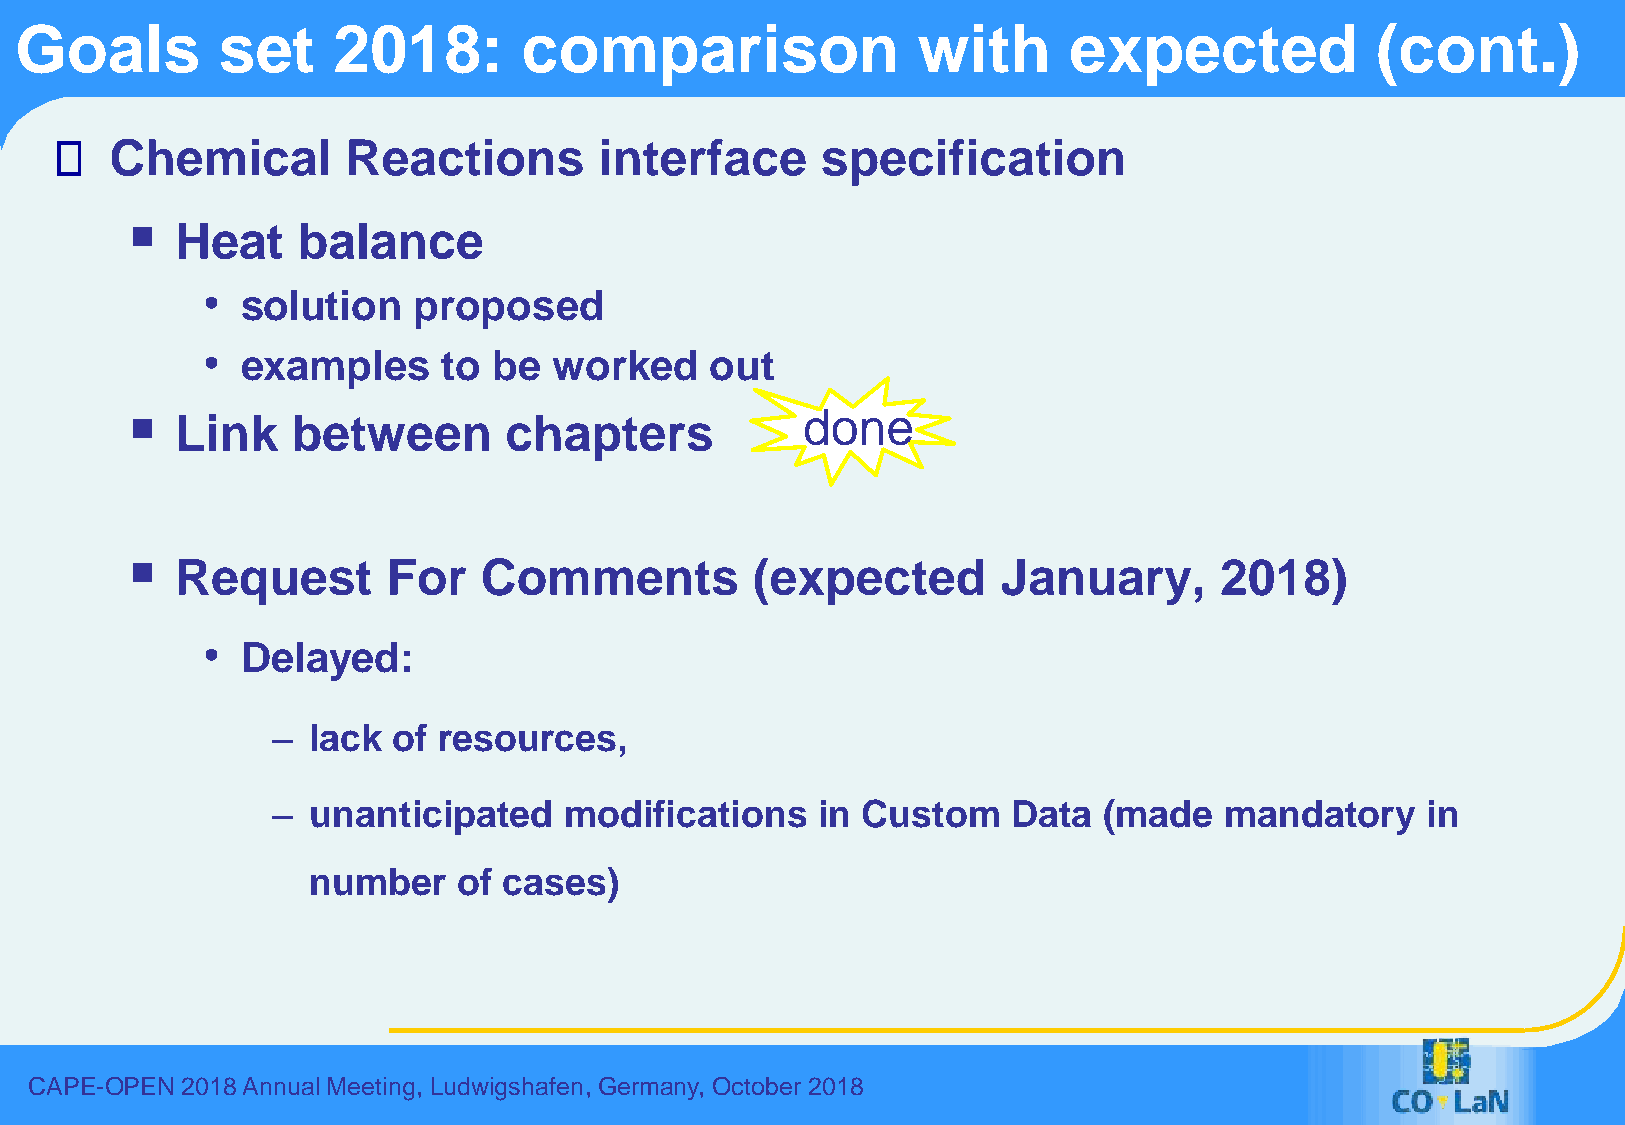
Goals        set     2018:        comparison                with      expected            (cont.)
 Chemical        Reactions        interface     specification
 ▪
 Heat    balance
 •  solution   proposed
 •  examples     to  be  worked    out
 ▪   Link   between       chapters            done
 ▪
 Request       For   Comments          (expected       January,       2018)
 •  Delayed:
 – lack  of resources,
 – unanticipated    modifications    in Custom    Data  (made   mandatory    in
 number    of cases)
 CAPE-OPEN 2018 Annual Meeting, Ludwigshafen, Germany, October 2018